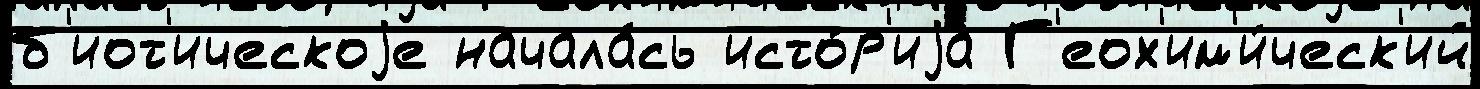
б'иот'ическоjе начала́сь исто́р'иjа Г'еох'им'и́ческ'ий